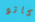
كاتو